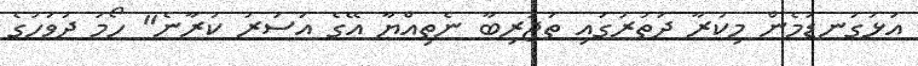
އަޅުގަނޑުމެން މިކުރާ ދަތުރުގައި ތަޖުރިބާ ނެތިއްޔާ އޭގެ އަސަރު ކުރާނެ" ހޯމަ ދުވަހުގެ